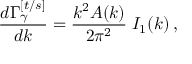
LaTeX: \frac { d \Gamma _ { \gamma } ^ { [ t / s ] } } { d k } = { \frac { k ^ { 2 } { \cal A } ( k ) } { 2 \pi ^ { 2 } } } \; I _ { 1 } ( k ) \, ,